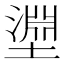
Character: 𭏰